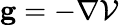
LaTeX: {\mathbf{g}}=-\nabla\mathcal{V}